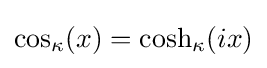
{\rm {cos}}_{\kappa }(x)={\rm {cosh}}_{\kappa }(ix)